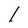
Character: I